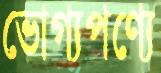
ভোগ্যপণ্যে